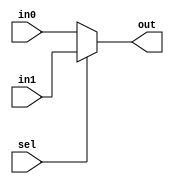
module mux2  (in0,in1,sel,out);
		
	input [16-1:0] in0;
	input [16-1:0] in1;
	input sel;
	output reg [15:0]out;
	
	always @(*)
		begin
			if(sel==1'b0) 		out<=in0;
			else if(sel==1'b1)  out<=in1;
			else				out<=16'hzzzz;
		end
endmodule